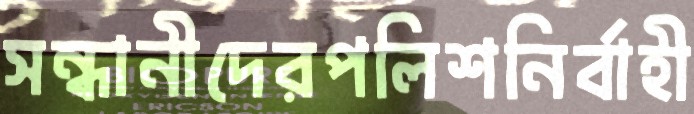
সন্ধানীদেরপলিশনির্বাহী